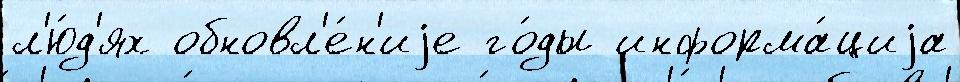
л'ю́д'ях обновл'е́н'иjе го́ды информа́циjа